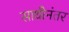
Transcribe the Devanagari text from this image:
साथीनंतर